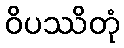
ဝိပဿိတုံ